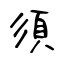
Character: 須